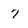
Character: 7